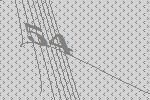
54